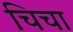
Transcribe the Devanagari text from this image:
चिचा